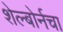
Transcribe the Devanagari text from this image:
शेल्बोर्नचा